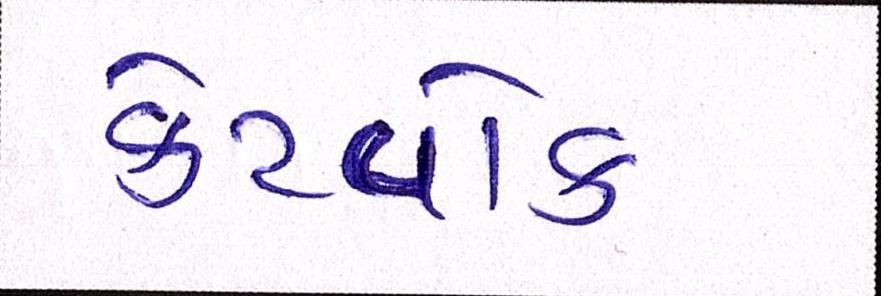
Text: કેટવોક